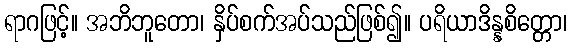
ရာဂဖြင့်။ အဘိဘူတော၊ နှိပ်စက်အပ်သည်ဖြစ်၍။ ပရိယာဒိန္နစိတ္တော၊